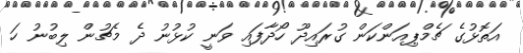
އަތޮޅުގެ ޗެމްޕިއަންކަން ގުރައިދޫ ހޯދާފައި ވަނީ ކުޅުނު ދެ މެޗުން ލިބުނު ހަ